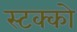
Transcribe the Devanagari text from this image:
स्टक्को